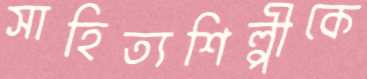
সাহিত্যশিল্পীকে